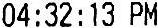
04:32:13 PM